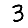
Digit: 3